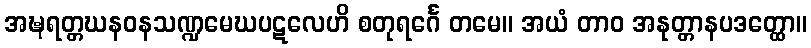
အဍ္ဎရတ္တဃနဝနသဏ္ဍမေဃပဋလေဟိ စတုရင်္ဂေ တမေ။ အယံ တာဝ အနုတ္တာနပဒတ္ထော။